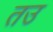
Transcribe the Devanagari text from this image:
तउ